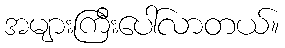
အများကြီးပေါ်လာတယ်။